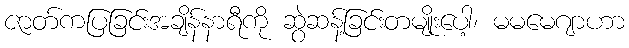
ဇာတ်ကပြခြင်းအချိန်နာရီကို ဆွဲဆန့်ခြင်းတမျိုးပေါ့၊ မမမေဂျာဟာ